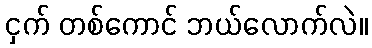
ငှက် တစ်ကောင် ဘယ်လောက်လဲ။